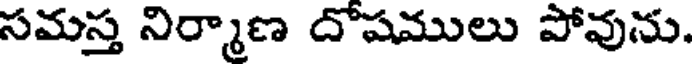
సమస్త నిర్మాణ దోషములు పోవును.